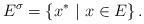
LaTeX: \begin{align*}E^{\sigma }=\left\{ x^{\ast }\ |\ x\in E\right\} . \end{align*}